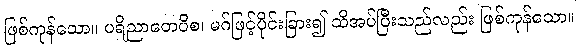
ဖြစ်ကုန်သော။ ပရိညာတေပိစ၊ မဂ်ဖြင့်ပိုင်းခြား၍ သိအပ်ပြီးသည်လည်း ဖြစ်ကုန်သော။